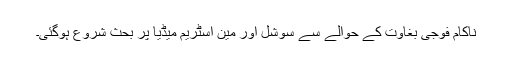
ناکام فوجی بغاوت کے حوالے سے سوشل اور مین اسٹریم میڈیا پر بحث شروع ہوگئی۔